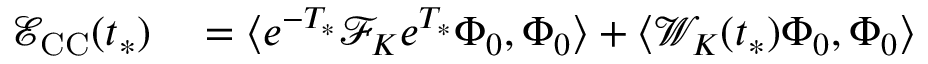
\begin{array} { r l } { \mathcal { E } _ { \mathrm { C C } } ( t _ { * } ) } & { { } = \langle e ^ { - T _ { * } } \mathcal { F } _ { K } e ^ { T _ { * } } \Phi _ { 0 } , \Phi _ { 0 } \rangle + \langle \mathcal { W } _ { K } ( t _ { * } ) \Phi _ { 0 } , \Phi _ { 0 } \rangle } \end{array}